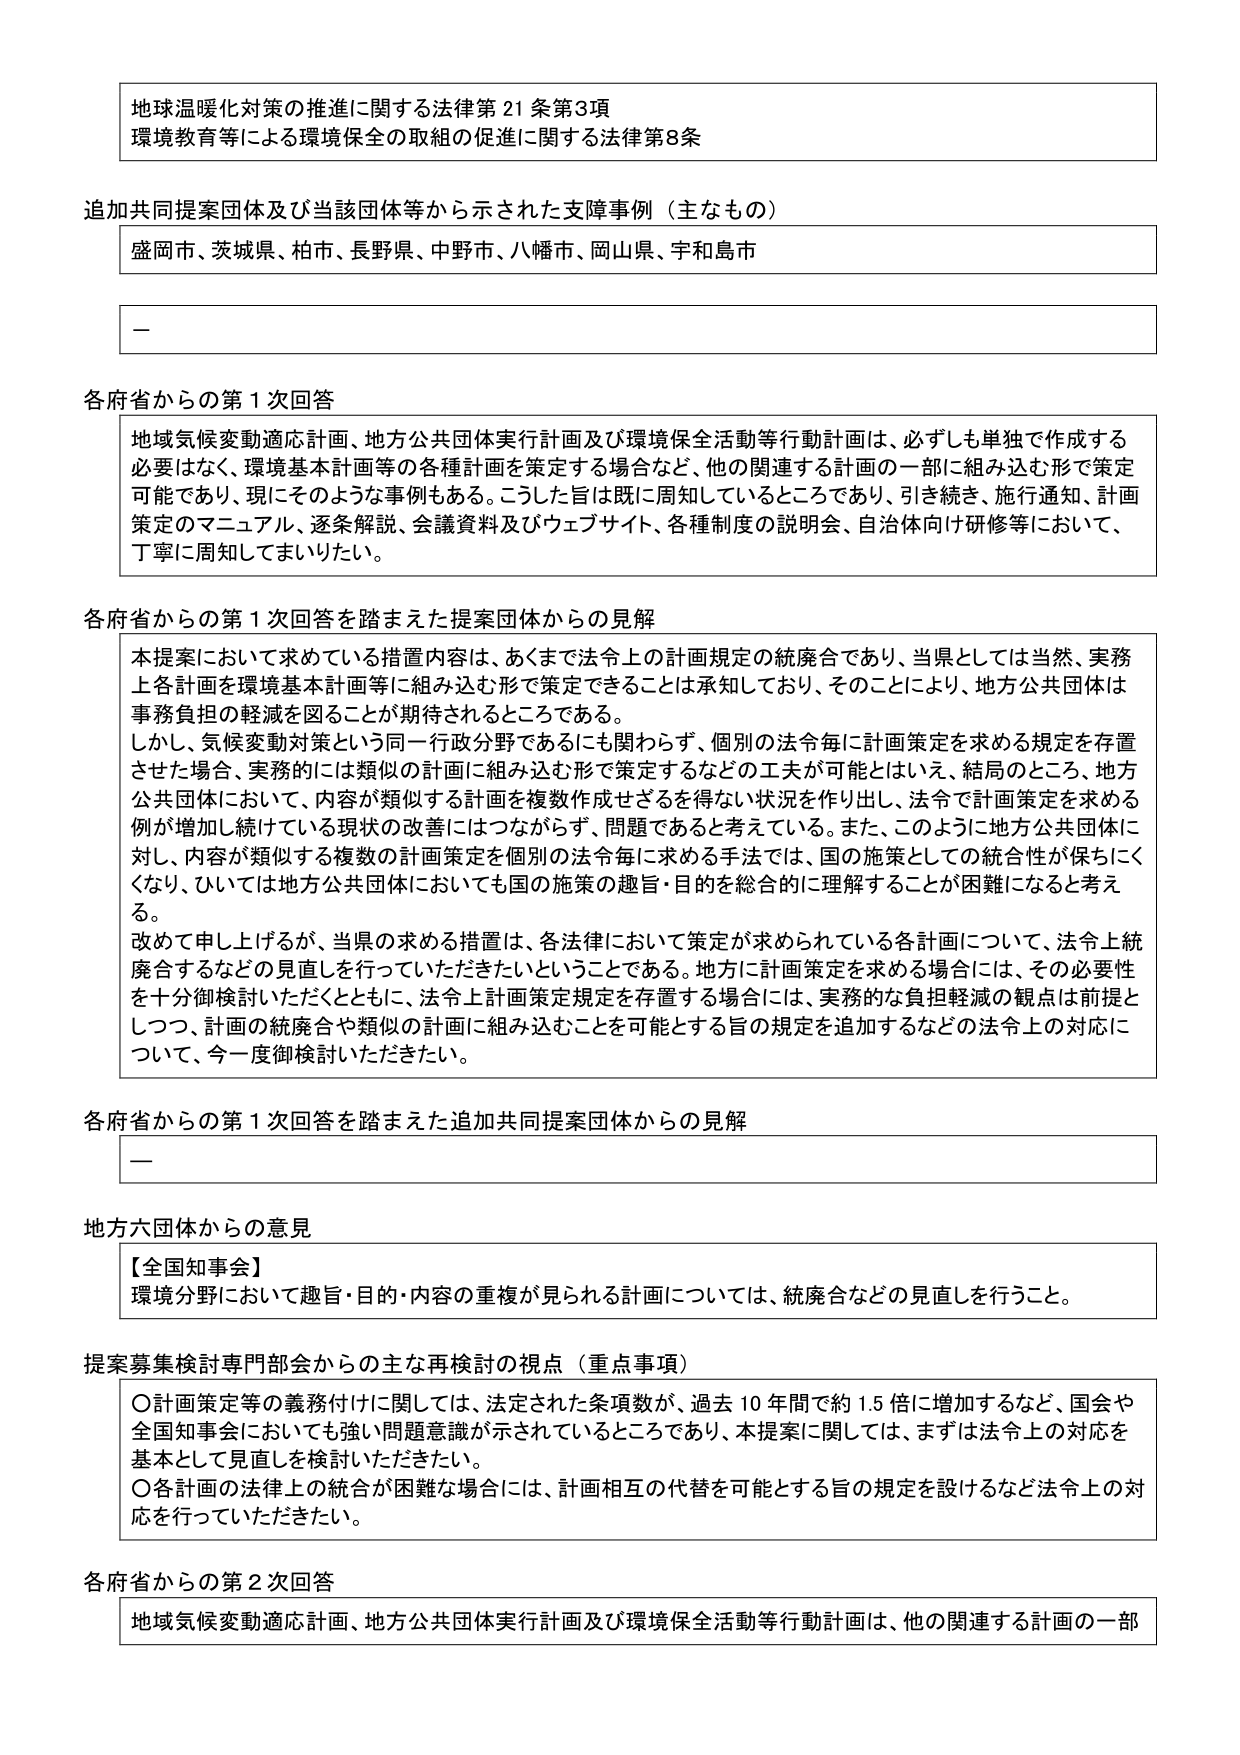
地球温暖化対策の推進に関する法律第21条第3項
環境教育等による環境保全の取組の促進に関する法律第8条

追加共同提案団体及び当該団体等から示された支障事例（主なもの）
盛岡市、茨城県、柏市、長野県、中野市、八幡市、岡山県、宇和島市

—

各府省からの第1次回答
地域気候変動適応計画、地方公共団体実行計画及び環境保全活動等行動計画は、必ずしも単独で作成する必要はなく、環境基本計画等の各種計画を策定する場合など、他の関連する計画の一部に組み込む形で策定可能であり、現にそのような事例もある。こうした旨は既に周知しているところであり、引き続き、施行通知、計画策定のマニュアル、逐条解説、会議資料及びウェブサイト、各種制度の説明会、自治体向け研修等において、丁寧に周知してまいりたい。

各府省からの第1次回答を踏まえた提案団体からの見解
本提案において求めている措置内容は、あくまで法令上の計画規定の統廃合であり、当県としては当然、実務上各計画を環境基本計画等に組み込む形で策定できることは承知しており、そのことにより、地方公共団体は事務負担の軽減を図ることが期待されるところである。
しかし、気候変動対策という同一行政分野であるにも関わらず、個別の法令毎に計画策定を求める規定を存置させた場合、実務的には類似の計画に組み込む形で策定するなどの工夫が可能とはいえ、結局のところ、地方公共団体において、内容が類似する計画を複数作成せざるを得ない状況を作り出し、法令で計画策定を求める例が増加し続けていての現状の改善にはつながらず、問題であると考えている。また、このように地方公共団体に対し、内容が類似する複数の計画策定を個別の法令毎に求める手法では、国の施策としての統合性が保ちにくくなり、ひいては地方公共団体においても国の施策の趣旨・目的を総合的に理解することが困難になると考える。
改めて申し上げるが、当県の求める措置は、各法律において策定が求められている各計画について、法令上統廃合するなどの見直しを行っていただきたいということである。地方に計画策定を求める場合には、その必要性を十分御検討いただくとともに、法令上計画策定規定を存置する場合には、実務的な負担軽減の観点は前提としつつ、計画の統廃合や類似の計画に組み込むことを可能とする旨の規定を追加するなどの法令上の対応について、今一度御検討いただきたい。

各府省からの第1次回答を踏まえた追加共同提案団体からの見解
—

地方六団体からの意見
【全国知事会】
環境分野において趣旨・目的・内容の重複が見られる計画については、統廃合などの見直しを行うこと。

提案募集検討専門部会からの主な再検討の視点（重点事項）
〇計画策定等の義務付けに関しては、法定された条項数が、過去10年間で約1.5倍に増加するなど、国会や全国知事会においても強い問題意識が示されているところであり、本提案に関しては、まずは法令上の対応を基本として見直しを検討いただきたい。
〇各計画の法律上の統合が困難な場合には、計画相互の代替を可能とする旨の規定を設けるなど法令上の対応を行っていただきたい。

各府省からの第2次回答
地域気候変動適応計画、地方公共団体実行計画及び環境保全活動等行動計画は、他の関連する計画の一部